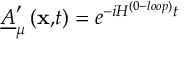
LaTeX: \underline { { { A } } } _ { \mu } ^ { \prime } \left( \mathbf { x , } t \right) = e ^ { - i H ^ { ( 0 - l o o p ) } t }